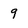
Character: 9